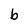
Character: b